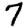
Digit: 7